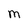
Character: M